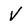
Character: V